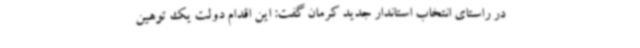
در راستای انتخاب استاندار جدید کرمان گفت: این اقدام دولت یک توهین